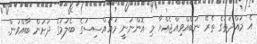
އެ މުއްދަތުގެ ތެރޭ ނުބޭއްވިއްޖެއްޔާ މި އޮންނަނީ މުއައްސިސުގެ ބެލުމުގެ ދަށުން ބާއްވަން.